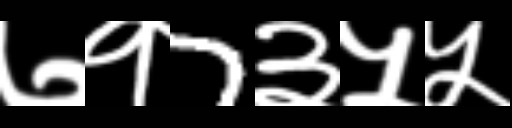
Text: ७१7३५५